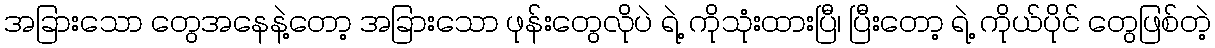
အခြားသော တွေအနေနဲ့တော့ အခြားသော ဖုန်းတွေလိုပဲ ရဲ့ ကိုသုံးထားပြီ၊ ပြီးတော့ ရဲ့ ကိုယ်ပိုင် တွေဖြစ်တဲ့